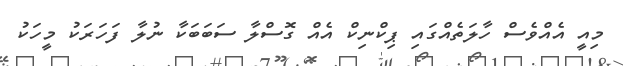
މިއީ އެއްވެސް ހާލަތެއްގައި ޕިކްނިކް އެއް ގޮސްލާ ސަބަބަކާ ނުލާ ފަހަރަކު މީހަކު